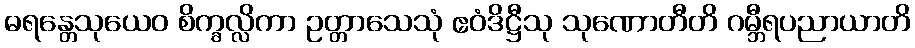
ဓရန္တေသုယေဝ စိက္ခလ္လိကာ ဥတ္တာသေသုံ ဧဝံဒိဋ္ဌီသု သုဏောတီတိ ဂမ္ဘီရပညာယာတိ